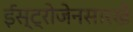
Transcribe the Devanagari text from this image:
ईस्ट्रोजेनसारखे